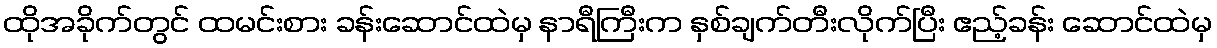
ထိုအခိုက်တွင် ထမင်းစား ခန်းဆောင်ထဲမှ နာရီကြီးက နှစ်ချက်တီးလိုက်ပြီး ဧည့်ခန်း ဆောင်ထဲမှ